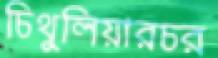
চিথুলিয়ারচর